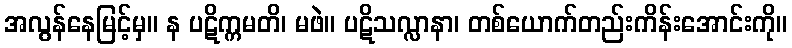
အလွန်နေမြင့်မှ။ န ပဋိက္ကမတိ၊ မဖဲ။ ပဋိသလ္လာနာ၊ တစ်ယောက်တည်းကိန်းအောင်းကို။